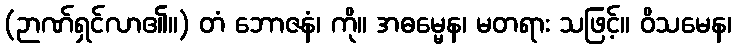
(ဉာဏ်ရှင်လာ၏။) တံ ဘောဇနံ၊ ကို။ အဓမ္မေန၊ မတရား သဖြင့်။ ဝိသမေန၊